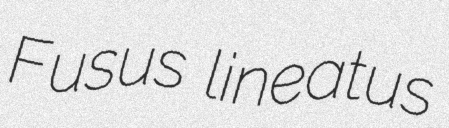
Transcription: Fusus lineatus